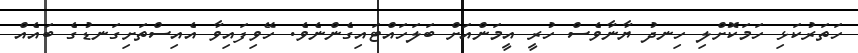
ހަތަރުކަޅި ހަމަކޮށްލި ހިނދު ޔާނާވެސް ހުރީ އީމަންއަށް ބަލަހައްޓައިގެންނެވެ. ހޭވިފައިވާ އެއިސްތަށިގަނޑުގެ ބައެއް